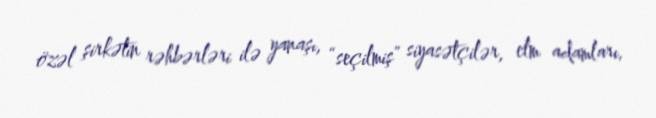
özəl şirkətin rəhbərləri ilə yanaşı, “seçilmiş” siyasətçilər, elm adamları,